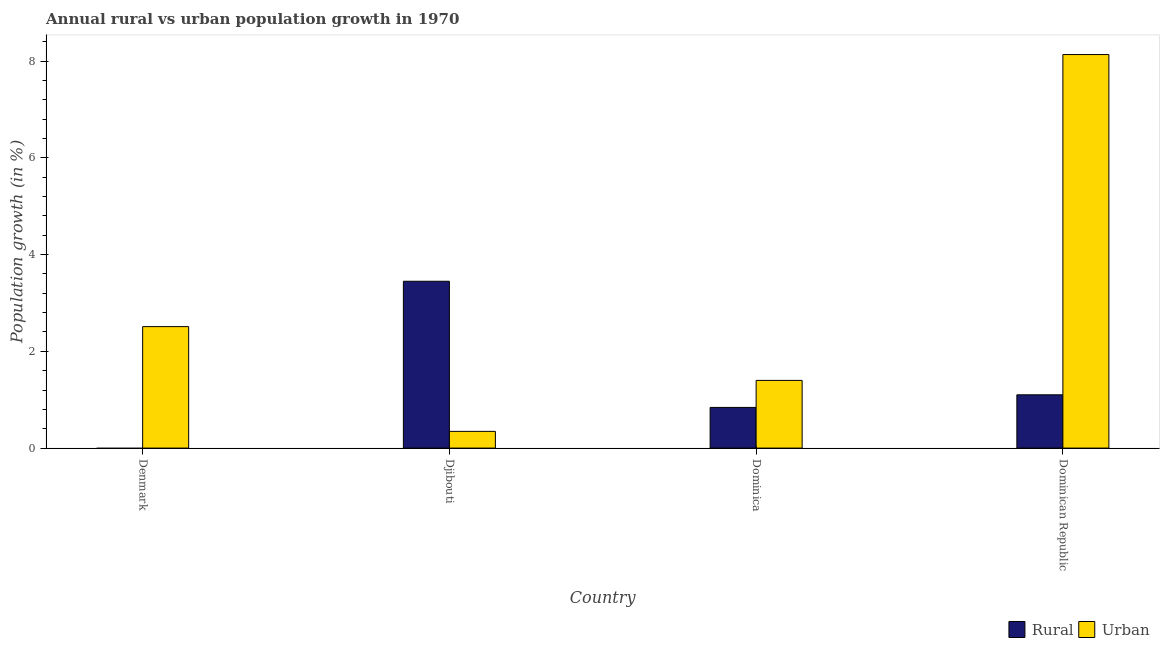
| Country | Rural | Urban  |
 | --- | --- | --- |
 | Denmark | -1.76 | 2.51 |
 | Djibouti | 3.45 | 0.346 |
 | Dominica | 0.841 | 1.4 |
 | Dominican Republic | 1.1 | 8.14 |